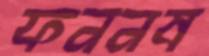
ফননষ